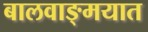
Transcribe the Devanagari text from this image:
बालवाङ्‌मयात